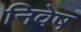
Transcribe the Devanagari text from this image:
निवेष